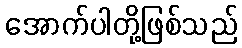
အောက်ပါတို့ဖြစ်သည်